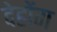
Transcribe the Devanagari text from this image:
देहोंग